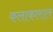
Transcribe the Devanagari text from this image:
कलाकारात